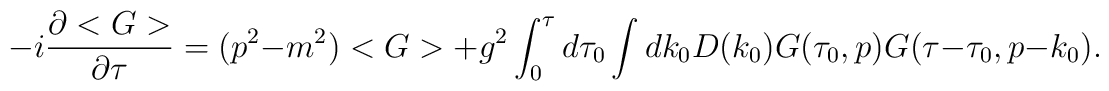
-i \frac{\partial <G>}{\partial \tau} = (p^2 -m^2) <G> + g^2 \int_0^\tau d \tau_0 \int dk_0 D(k_0) G(\tau_0,p) G(\tau-\tau_0,p-k_0).